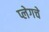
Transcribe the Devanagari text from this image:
प्लेगचे